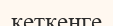
кеткенге